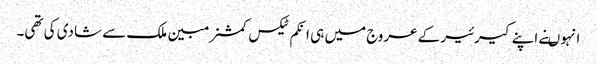
انہوںنے اپنے کیرئیر کے عروج میں ہی انکم ٹیکس کمشنر مبین ملک سے شادی کی تھی۔